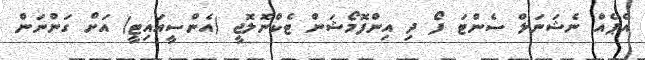
އެޕެއް ނެޝަނަލް ސެންޓަ ފޯ ދި އިންފޮމޯޝަން ޓެކްނޮލޮޖީ (އެންސީއައިޓީ) އަށް ގަންނަން